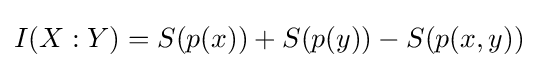
I(X:Y)=S(p(x))+S(p(y))-S(p(x,y))